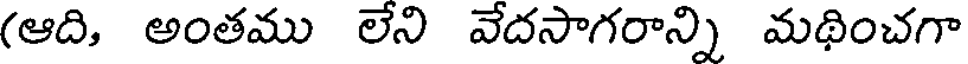
(ఆది, అంతము లేని వేదసాగరాన్ని మథించగా